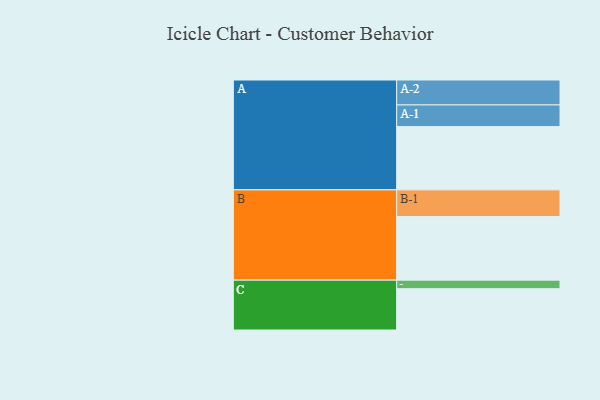
{"axis": {"x": "Segment", "y": "Value"}, "legend": ["", "A", "B", "C"], "data": [{"x": "A", "y": 500, "type": ""}, {"x": "B", "y": 502, "type": ""}, {"x": "C", "y": 326, "type": ""}, {"x": "A-1", "y": 171, "type": "A"}, {"x": "A-2", "y": 197, "type": "A"}, {"x": "B-1", "y": 211, "type": "B"}, {"x": "C-1", "y": 68, "type": "C"}]}